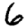
Digit: 6